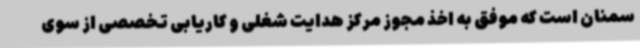
سمنان است که موفق به اخذ مجوز مرکز هدایت شغلی و کاریابی تخصصی از سوی